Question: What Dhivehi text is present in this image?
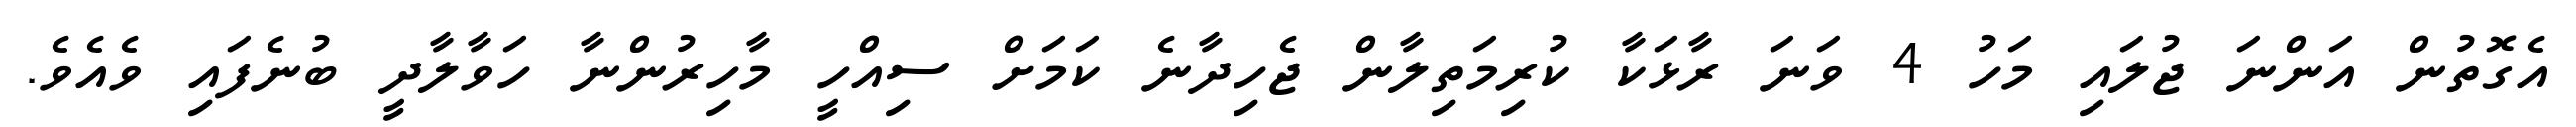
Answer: އެގޮތުން އަންނަ ޖުލައި މަހު 4 ވަނަ ރާޅަކާ ކުރިމަތިލާން ޖެހިދާނެ ކަމަށް ސިއްހީ މާހިރުންނާ ހަވާލާދީ ބުނެފައި ވެއެވެ.